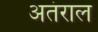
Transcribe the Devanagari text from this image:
अतंराल